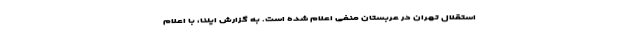
استقلال تهران در عربستان منفی اعلام شده است. به گزارش ایلنا، با اعلام